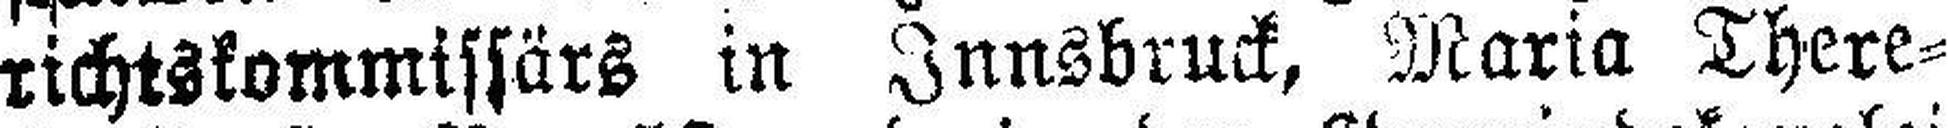
richtskommissärs in Innsbruck, Maria There¬